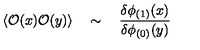
\langle { \cal O } ( x ) { \cal O } ( y ) \rangle \quad \sim \quad { \frac { \delta \phi _ { ( 1 ) } ( x ) } { \delta \phi _ { ( 0 ) } ( y ) } }